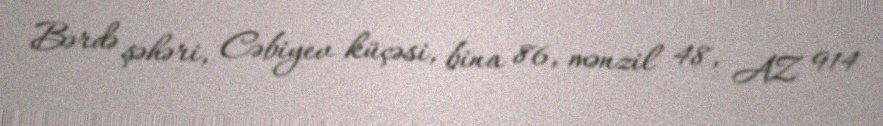
Bərdə şəhəri, Cəbiyev küçəsi, bina 86, mənzil 48, AZ 914